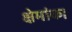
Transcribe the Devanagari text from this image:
क्षेमांक।